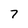
Character: 7